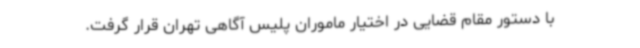
با دستور مقام قضایی در اختیار ماموران پلیس آگاهی تهران قرار گرفت.